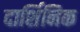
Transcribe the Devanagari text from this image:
दार्शिनिक